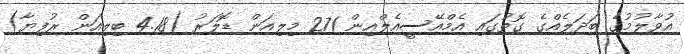
އުވާލުމުގެ ބަދަލެއްގެ ގޮތުގައި އެމްއޭސީއެލްއިން 271 މިލިއަން ޑޮލަރު (4.18 ބިލިއަން ރުފިޔާ)